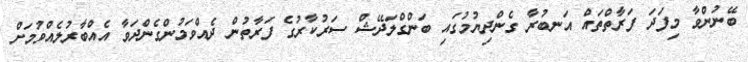
ބޭނުންވާ މިފަދަ ފަރާތްތައް އަނބުރާ ގެންދިޔުމުގައި ބަންގްލަދޭޝް ސަރުކާރުގެ ފަރާތުން ދެއްވަމުންގެންދަވާ އެއްބާރުލެއްވުމަށް